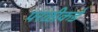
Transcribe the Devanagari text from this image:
परळीकडे